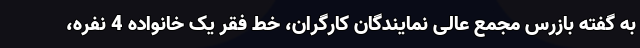
به گفته بازرس مجمع عالی نمایندگان کارگران، خط فقر یک خانواده 4 نفره،